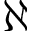
\aleph